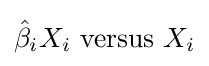
{\hat {\beta }}_{i}X_{i}\mathrm {\ versus\ } X_{i}